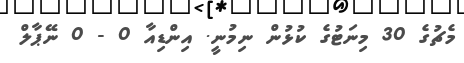
މެޗުގެ 30 މިނަޓުގެ ކުޅުން ނިމުނީ. އިންޑިއާ 0 - 0 ނޭޕާލް